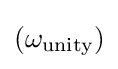
(\omega _{\text{unity}})